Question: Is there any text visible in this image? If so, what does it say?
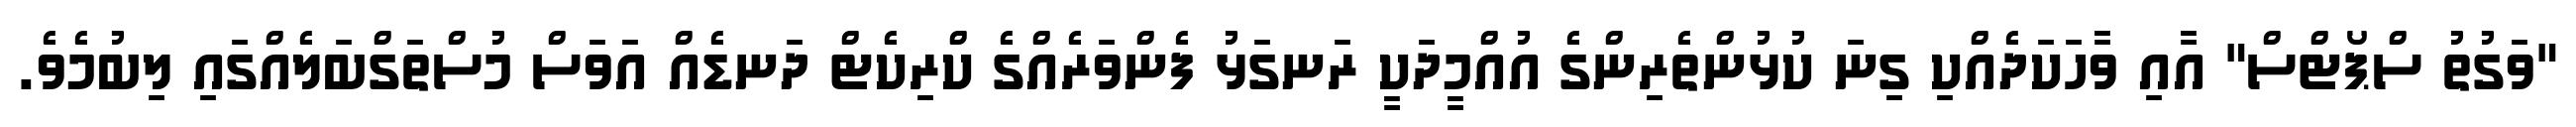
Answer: "ވަގުތު ސްޕޯޓްސް" އާއި ވާހަކަދެއްކި ގިނަ ކުޅުންތެރިންގެ އުއްމީދަކީ ރަނގަޅު ފެންވަރެއްގެ ކްރިކެޓް ދަނޑެއް އަވަސް މުސްތަގްބަލެއްގައި ލިބުމެވެ.